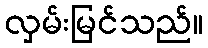
လှမ်းမြင်သည်။